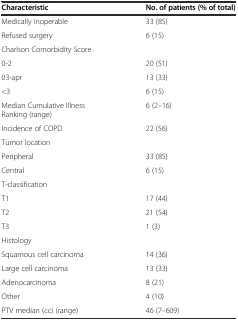
<table><thead><tr><td><b>Characteristic</b></td><td><b>No. of patients (% of total)</b></td></tr></thead><tbody><tr><td>Medically inoperable</td><td>33 (85)</td></tr><tr><td>Refused surgery</td><td>6 (15)</td></tr><tr><td colspan="2">Charlson Comorbidity Score</td></tr><tr><td>0-2</td><td>20 (51)</td></tr><tr><td>03-apr</td><td>13 (33)</td></tr><tr><td>&lt;3</td><td>6 (15)</td></tr><tr><td>Median Cumulative Illness Ranking (range)</td><td>6 (2–16)</td></tr><tr><td>Incidence of COPD</td><td>22 (56)</td></tr><tr><td colspan="2">Tumor location</td></tr><tr><td>Peripheral</td><td>33 (85)</td></tr><tr><td>Central</td><td>6 (15)</td></tr><tr><td colspan="2">T-classification</td></tr><tr><td>T1</td><td>17 (44)</td></tr><tr><td>T2</td><td>21 (54)</td></tr><tr><td>T3</td><td>1 (3)</td></tr><tr><td colspan="2">Histology</td></tr><tr><td>Squamous cell carcinoma</td><td>14 (36)</td></tr><tr><td>Large cell carcinoma</td><td>13 (33)</td></tr><tr><td>Adenocarcinoma</td><td>8 (21)</td></tr><tr><td>Other</td><td>4 (10)</td></tr><tr><td>PTV median (cc) (range)</td><td>46 (7–609)</td></tr></tbody></table>